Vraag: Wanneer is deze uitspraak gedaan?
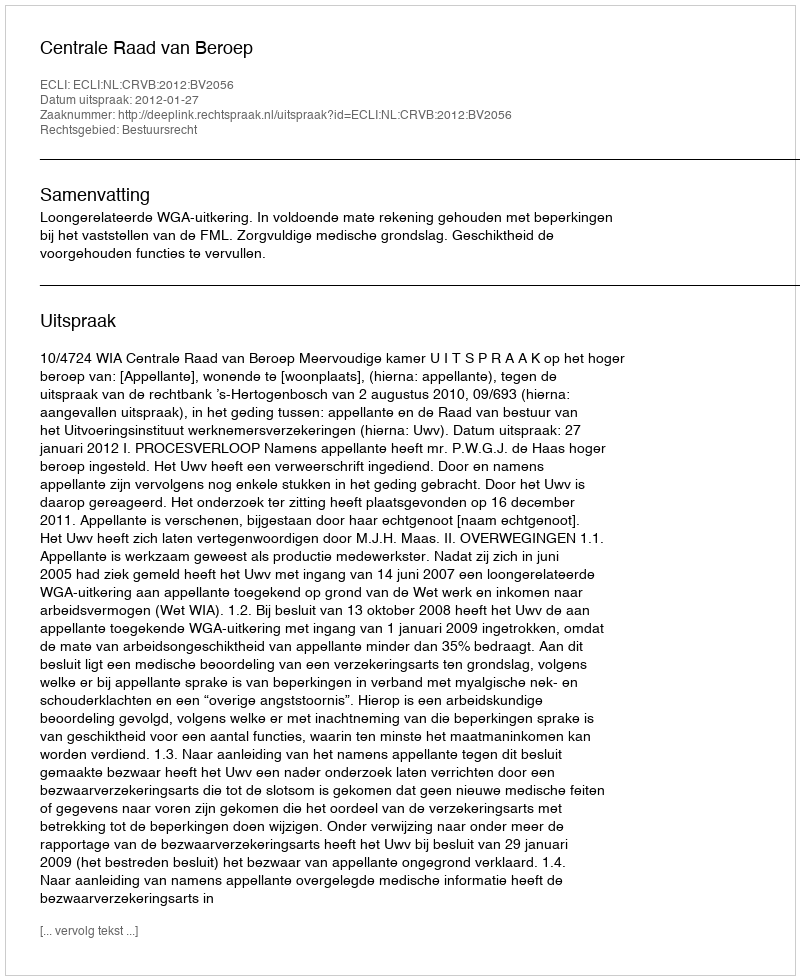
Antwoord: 2012-01-27